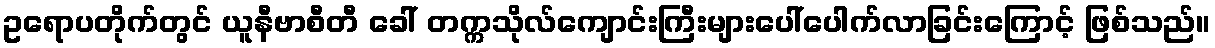
ဥရောပတိုက်တွင် ယူနီဗာစီတီ ခေါ် တက္ကသိုလ်ကျောင်းကြီးများပေါ်ပေါက်လာခြင်းကြောင့် ဖြစ်သည်။